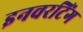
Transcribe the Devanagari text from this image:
इनवरटिंग